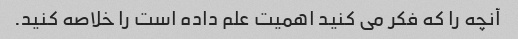
آنچه را که فکر می کنید اهمیت علم داده است را خلاصه کنید.